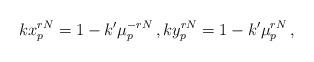
LaTeX: \begin{align*}kx^{rN}_{p}=1-k'\mu_{p}^{-rN}\,,ky^{rN}_{p}=1-k'\mu_{p}^{rN}\,,\end{align*}